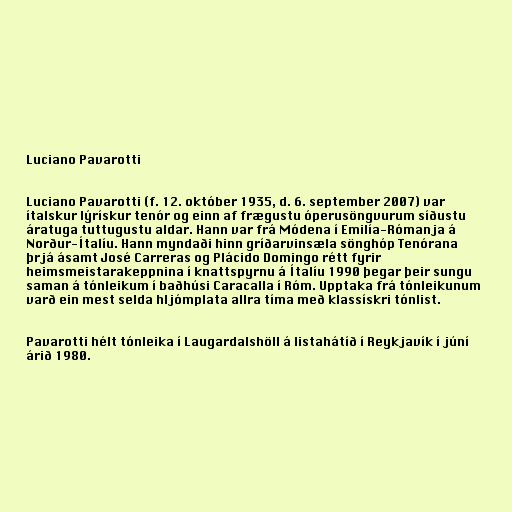
Luciano Pavarotti

Luciano Pavarotti (f. 12. október 1935, d. 6. september 2007) var
ítalskur lýrískur tenór og einn af frægustu óperusöngvurum síðustu
áratuga tuttugustu aldar. Hann var frá Módena í Emilía-Rómanja á
Norður-Ítalíu. Hann myndaði hinn gríðarvinsæla sönghóp Tenórana
þrjá ásamt José Carreras og Plácido Domingo rétt fyrir
heimsmeistarakeppnina í knattspyrnu á Ítalíu 1990 þegar þeir sungu
saman á tónleikum í baðhúsi Caracalla í Róm. Upptaka frá tónleikunum
varð ein mest selda hljómplata allra tíma með klassískri tónlist.

Pavarotti hélt tónleika í Laugardalshöll á listahátíð í Reykjavík í júní
árið 1980.